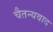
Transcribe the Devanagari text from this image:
चैतन्यवाद